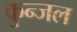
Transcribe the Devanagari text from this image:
कुन्जल